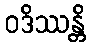
ဝဒိဿန္တိ